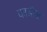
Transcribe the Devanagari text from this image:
काडीस